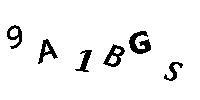
9A1BGS